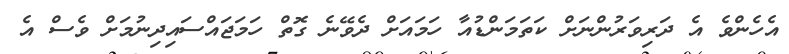
އެހެންވެ އެ ދަރިވަރުންނަށް ކަތަމަންޑުއާ ހަމައަށް ދެވޭނެ ގޮތް ހަމަޖައްސައިދިނުމަށް ވެސް އެ